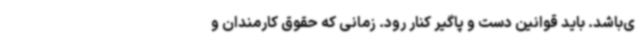
ی‌باشد. باید قوانین دست و پاگیر کنار رود. زمانی که حقوق کارمندان و